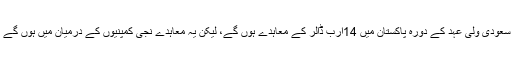
بتایا جا رہا ہے کہ سعودی ولی عہد کے دورہ پاکستان میں 14ارب ڈالر کے معاہدے ہوں گے، لیکن یہ معاہدے نجی کمپنیوں کے درمیان میں ہوں گے یا کیسے ہوں گے؟